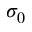
\sigma _ { 0 }